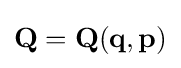
{\textstyle \mathbf {Q} =\mathbf {Q} (\mathbf {q} ,\mathbf {p} )}